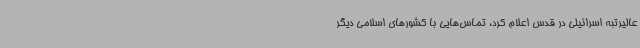
عالیرتبه اسرائیلی در قدس اعلام کرد، تماس‌هایی با کشورهای اسلامی دیگر